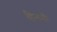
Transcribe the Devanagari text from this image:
हिलमी